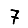
Digit: 7